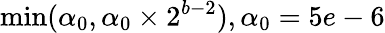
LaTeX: \operatorname*{min}(\alpha_{0},\alpha_{0}\times 2^{b-2}),\alpha_{0}=5e-6